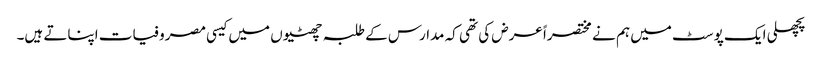
پچھلی ایک پوسٹ میں ہم نے مختصراً عرض کی تھی کہ مدارس کے طلبہ چھٹیوں میں کیسی مصروفیات اپناتے ہیں۔